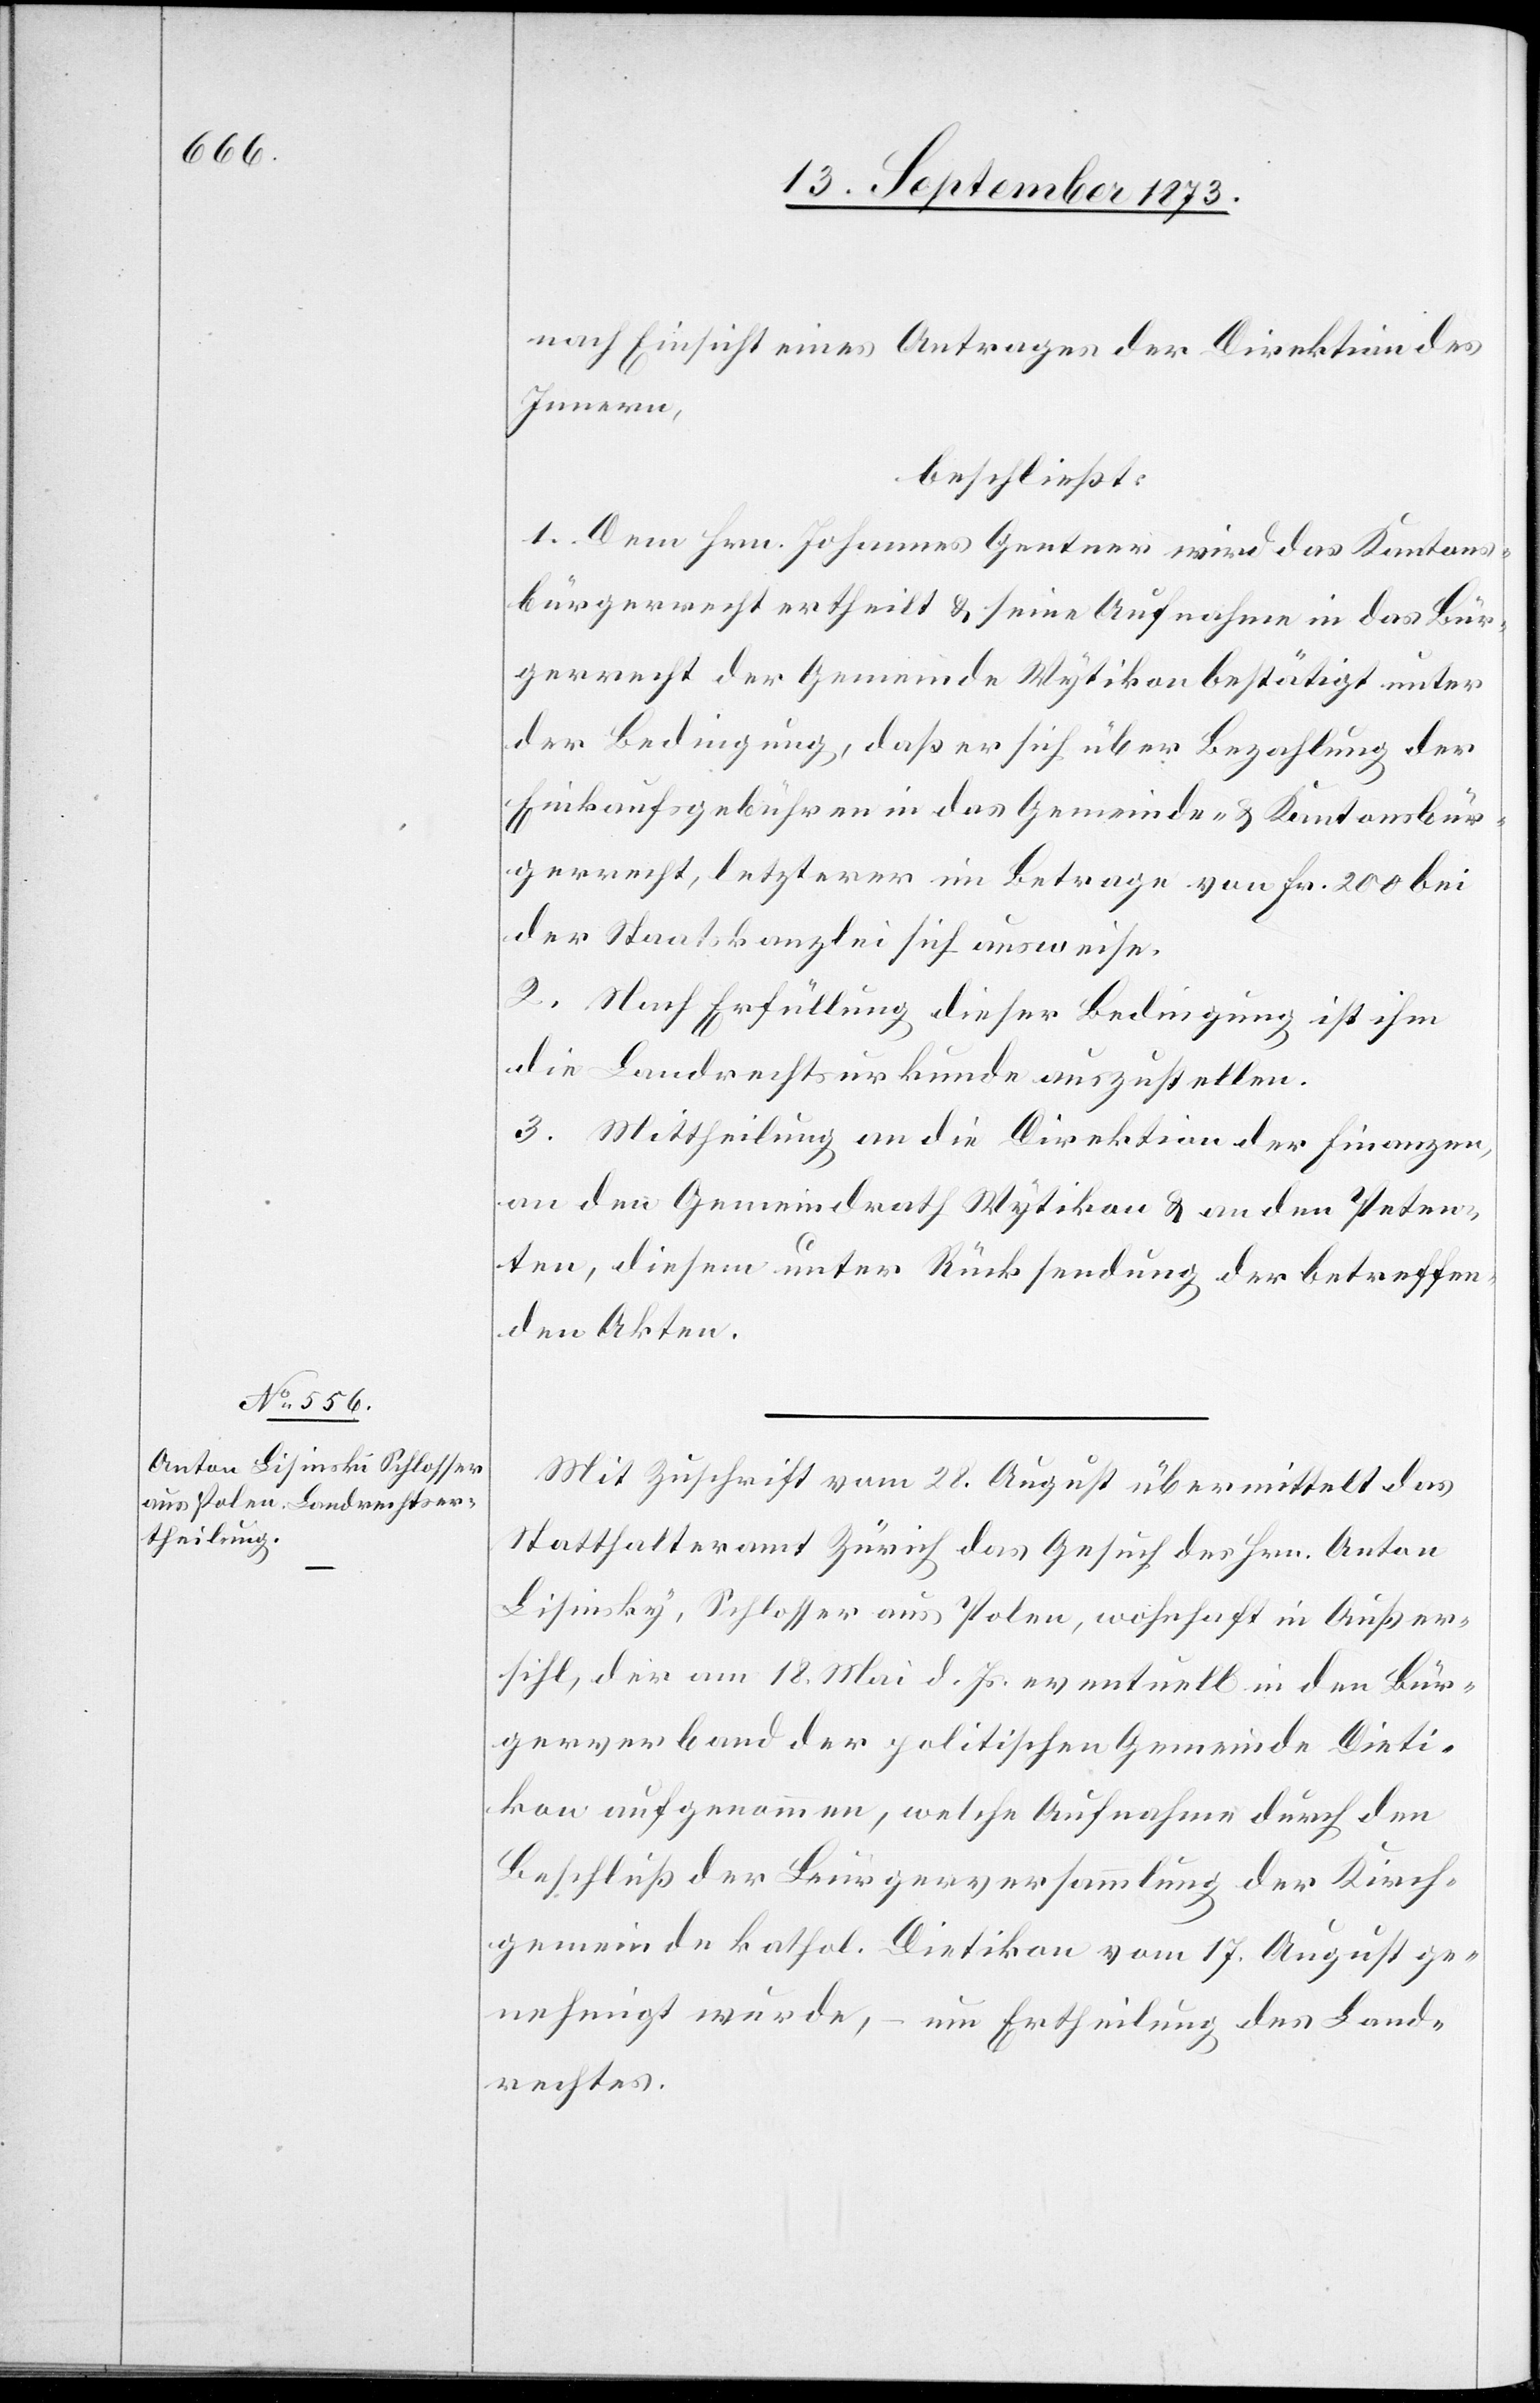
nach Einsicht eines Antrages der Direktion des
Innern,
beschließt:
1. Dem Hrn. Johannes Gentner wird das Kantons¬
bürgerrecht ertheilt & seine Aufnahme in das Bür¬
gerrecht der Gemeinde Wytikon bestätigt unter
der Bedingung, daß er sich über Bezahlung der
Einkaufsgebühren in das Gemeinde- & Kantonsbür¬
gerrecht, letzterer im Betrage von Fr. 200 bei
der Staatskanzlei sich ausweise.
2. Nach Erfüllung dieser Bedingung ist ihm
die Landrechtsurkunde auszustellen.
3. Mittheilung an die Direktion der Finanzen,
an den Gemeindrath Wytikon & an den Peten¬
ten, diesem unter Rücksendung der betreffen¬
den Akten.
Mit Zuschrift vom 28. August übermittelt das
Statthalteramt Zürich das Gesuch des Hrn. Anton
[sic!], Schlosser aus Polen, wohnhaft in Außer¬
sihl, der am 18. Mai d. Js. eventuell in den Bür¬
gerverband der politischen Gemeinde Dieti¬
kon aufgenommen, welche Aufnahme durch den
Beschluß der Bürgerversammlung der Kirch¬
gemeinde kathol. Dietikon vom 17. August ge¬
nehmigt wurde, – um Ertheilung des Land¬
rechtes.